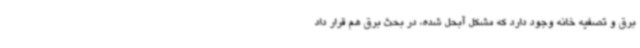
برق و تصفیه خانه وجود دارد که مشکل آبحل شده، در بحث برق هم قرار داد